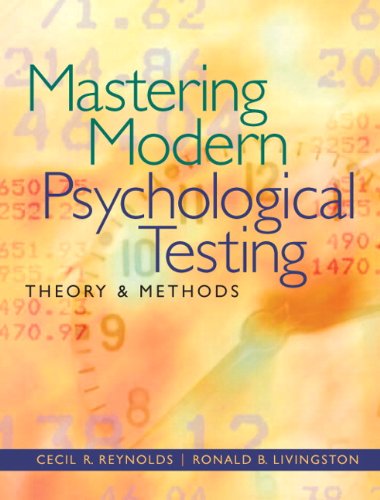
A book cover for Mastering Modern Psychological Testing: Theory & Methods; Cecil R. Reynolds; Medical Books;